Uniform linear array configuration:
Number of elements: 24
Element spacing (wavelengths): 0.25
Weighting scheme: uniform
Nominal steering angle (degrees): -60
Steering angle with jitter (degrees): -58.166
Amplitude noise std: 0.05
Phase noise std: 0.05

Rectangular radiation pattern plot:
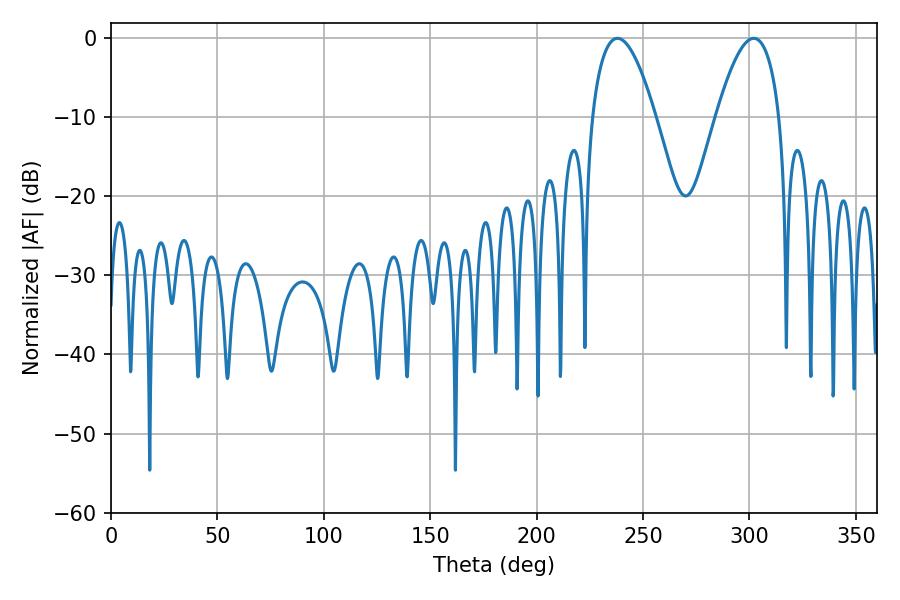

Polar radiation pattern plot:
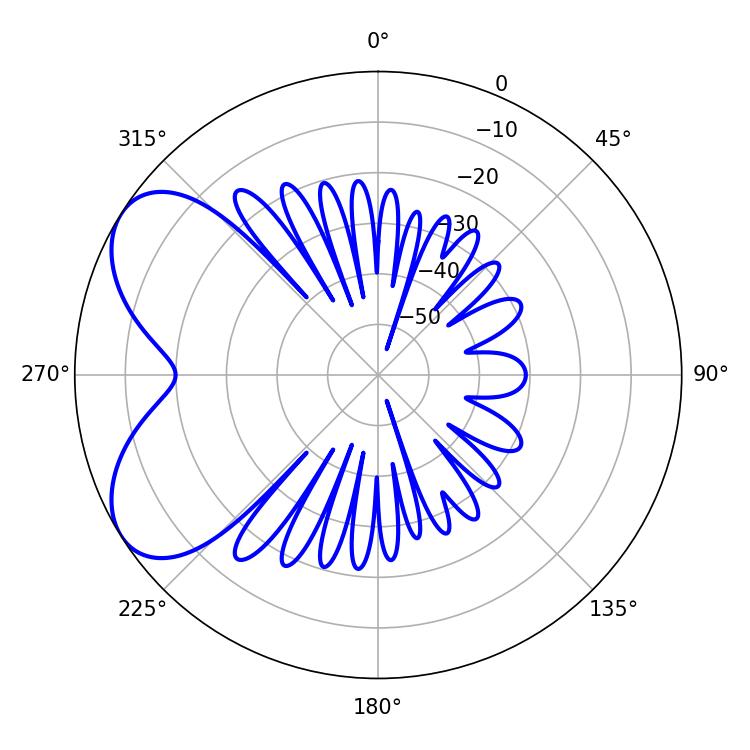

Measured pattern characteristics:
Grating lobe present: FALSE
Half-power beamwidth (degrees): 16.38
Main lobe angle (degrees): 237.96